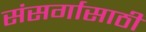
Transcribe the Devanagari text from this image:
संसर्गासाठी